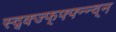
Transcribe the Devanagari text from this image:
स्द्क्ज्फ्फ्फ्न्न्व्न